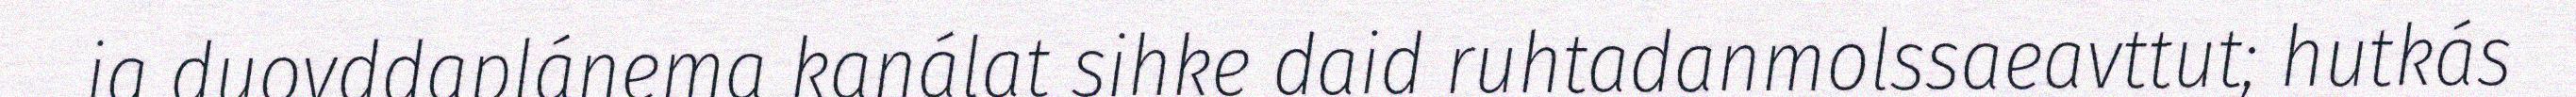
ja duovddaplánema kanálat sihke daid ruhtadanmolssaeavttut; hutkás